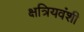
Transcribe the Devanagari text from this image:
क्षत्रियवंशी